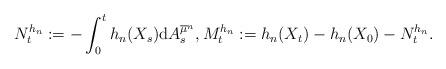
LaTeX: \begin{align*}N_t^{h_n}:=-\int_0^th_n(X_s){\rm d}A_s^{\overline{\mu}^n},M_t^{h_n}:=h_n(X_t)-h_n(X_0)-N_t^{h_n}.\end{align*}